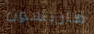
هاريسون